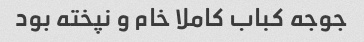
جوجه کباب کاملا خام و نپخته بود